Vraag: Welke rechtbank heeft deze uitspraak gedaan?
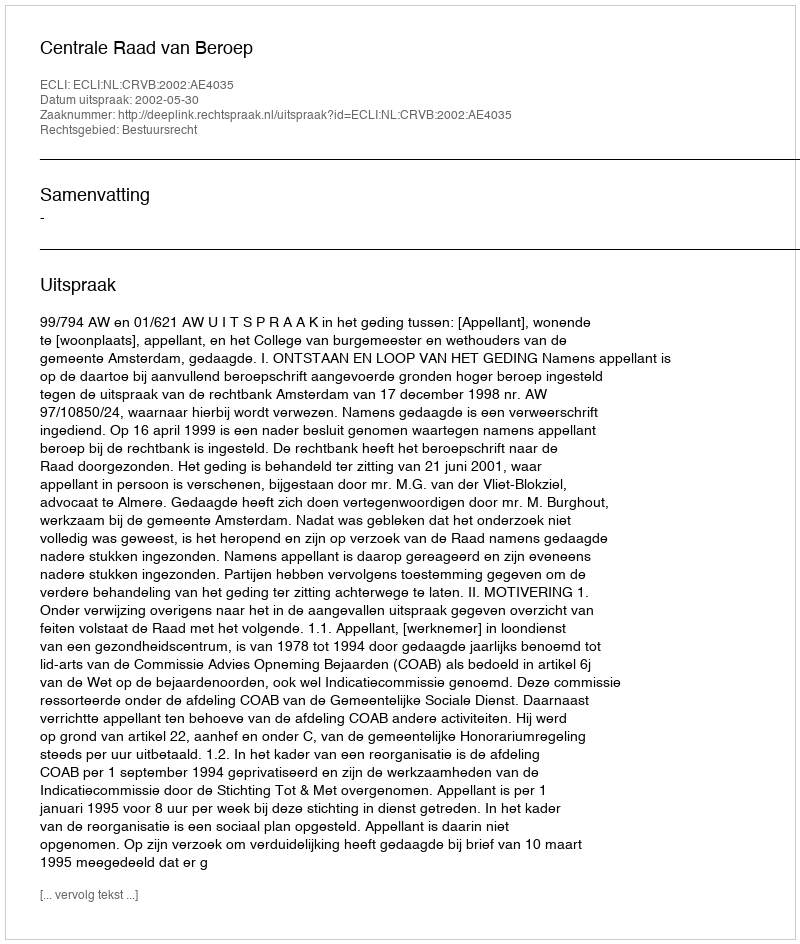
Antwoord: Centrale Raad van Beroep